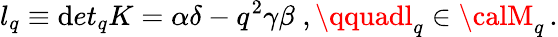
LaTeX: l_{q}\equiv\mathrm{d}et_{q}K=\alpha\delta-q^{2}\gamma\beta\; ,\qquadl_{q}\in{\calM}_{q}\, .